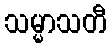
သမ္မာသတီ